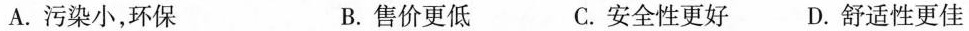
A.污染小，环保 B.售价更低 C.安全性更好 D.舒适性更佳